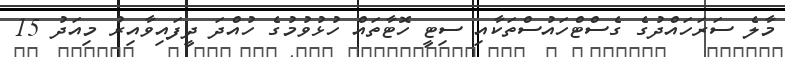
މާލެ ސަރަހައްދުގެ ގެސްޓްހައުސްތަކާއި ސިޓީ ހޮޓާތައް ހުޅުވުމުގެ ހުއްދަ ދީފައިވާއިރު މިއަދު 15